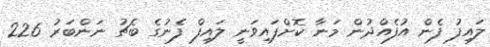
ލައިފު ފެން އުފެއްދުން މަނާ ކޮށްފައިވަނީ ލައިފް ފެނުގެ ބެޗު ނަންބަރު 226